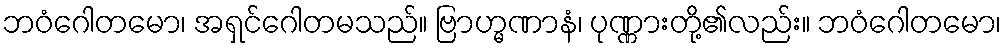
ဘဝံဂေါတမော၊ အရှင်ဂေါတမသည်။ ဗြာဟ္မဏာနံ၊ ပုဏ္ဏားတို့၏လည်း။ ဘဝံဂေါတမော၊